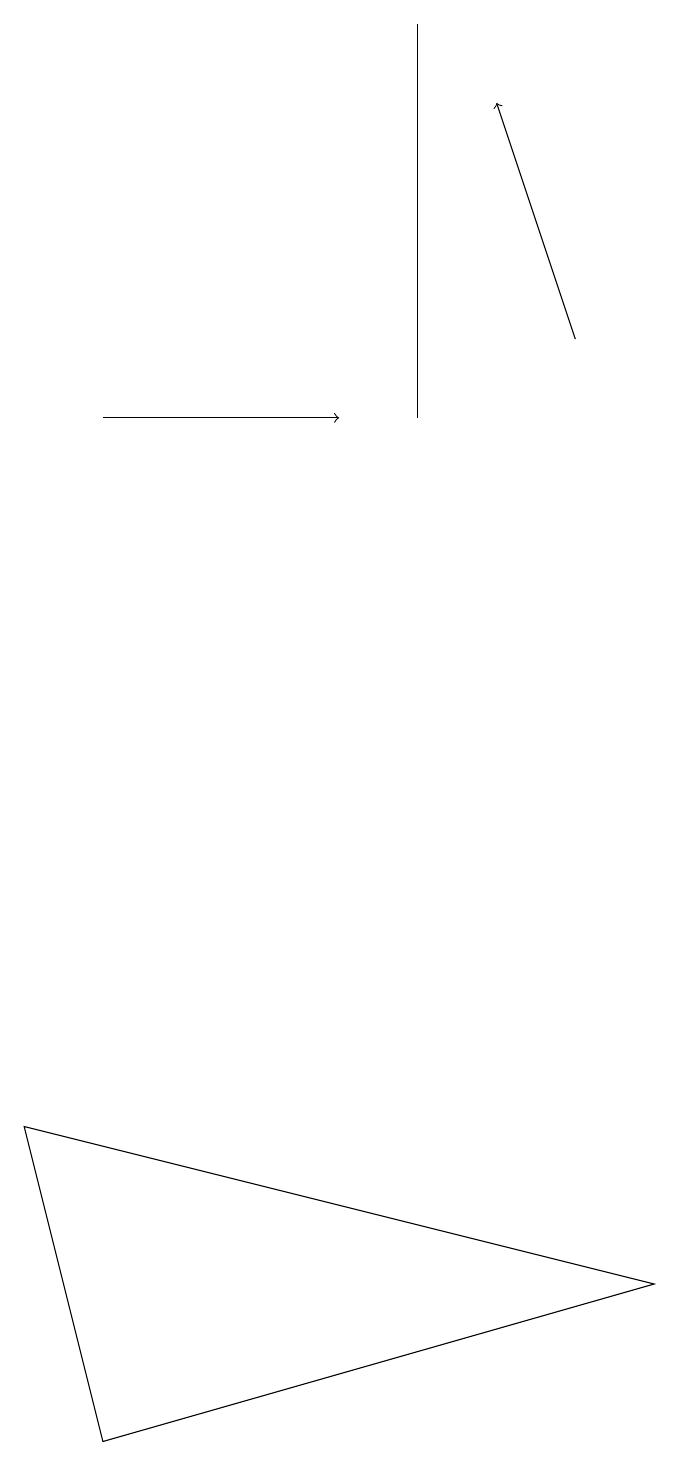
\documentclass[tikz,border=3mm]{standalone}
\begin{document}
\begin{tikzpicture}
\draw (5,13) rectangle (5,18);
\draw[->] (1,13) -- (4,13);
\draw[->] (7,14) -- (6,17);
\draw (1,0) -- (0,4) -- (8,2) -- cycle;
\draw (5,17) rectangle (5,16);
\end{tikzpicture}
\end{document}